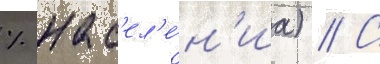
% нас'ел'е́н'иа) // С